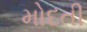
મોદતી